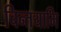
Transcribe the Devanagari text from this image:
चिन्तयामि